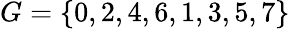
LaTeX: G=\left\{ 0,2,4,6,1,3,5,7\right\}